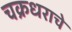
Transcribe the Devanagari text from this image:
चक्रधराचे